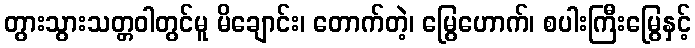
တွားသွားသတ္တဝါတွင်မူ မိချောင်း၊ တောက်တဲ့၊ မြွေဟောက်၊ စပါးကြီးမြွေနှင့်